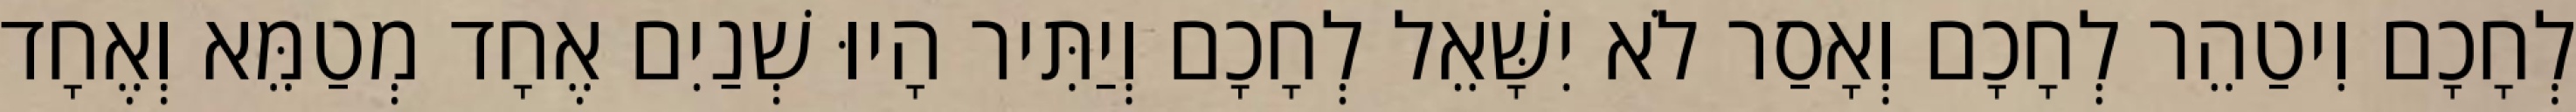
לְחָכָם וִיטַהֵר לְחָכָם וְאָסַר לֹא יִשָּׁאֵל לְחָכָם וְיַתִּיר הָיוּ שְׁנַיִם אֶחָד מְטַמֵּא וְאֶחָד